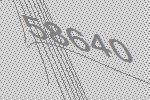
58640